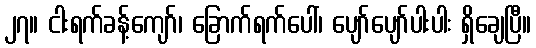
၂၇။ ငါးရက်ခန့်ကျော်၊ ခြောက်ရက်ပေါ်၊ ပျော်ပျော်ပါးပါး ရှိချေပြီ။